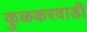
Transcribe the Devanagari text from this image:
कुळकरवाडी